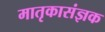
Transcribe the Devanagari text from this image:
मातृकासंज्ञक